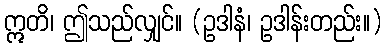
ဣတိ၊ ဤသည်လျှင်။ (ဥဒါနံ၊ ဥဒါန်းတည်း။)